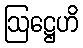
ဩဋ္ဌေဟိ